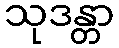
သုဒန္တာ